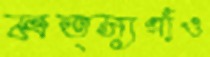
মত্স্যগাঁও